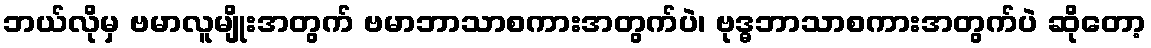
ဘယ်လိုမှ ဗမာလူမျိုးအတွက် ဗမာဘာသာစကားအတွက်ပဲ၊ ဗုဒ္ဓဘာသာစကားအတွက်ပဲ ဆိုတော့